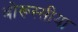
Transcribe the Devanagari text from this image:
बोरूस्सीया